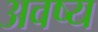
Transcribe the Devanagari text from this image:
अवष्य